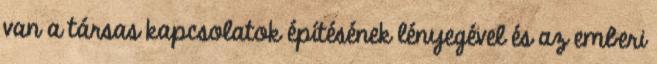
van a társas kapcsolatok építésének lényegével és az emberi